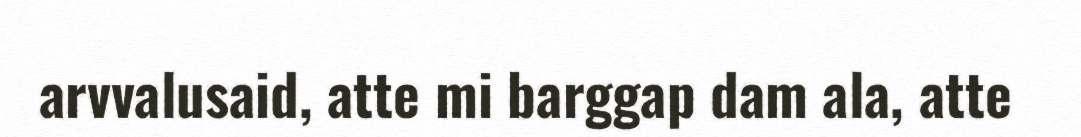
arvvalusaid, atte mi barggap dam ala, atte